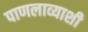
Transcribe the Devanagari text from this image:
पाणलाव्याशी